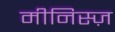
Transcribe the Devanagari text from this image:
मीनिस्ज़